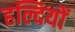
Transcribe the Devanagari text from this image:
हल्दियों